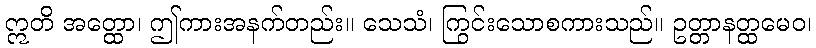
ဣတိ အတ္ထော၊ ဤကားအနက်တည်း။ သေသံ၊ ကြွင်းသောစကားသည်။ ဥတ္တာနတ္ထမေဝ၊